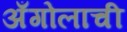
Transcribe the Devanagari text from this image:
अँगोलाची